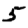
Digit: 5